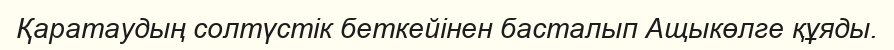
Қаратаудың солтүстік беткейінен басталып Ащыкөлге құяды.